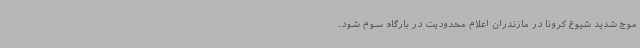
موج شدید شیوع کرونا در مازندران اعلام محدودیت در بارگاه سوم شود.